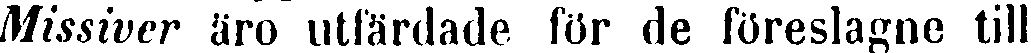
Missiver äro utfärdade för de föreslagne till